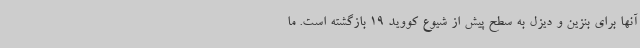
آنها برای بنزین و دیزل به سطح پیش از شیوع کووید 19 بازگشته است. ما